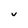
Character: v